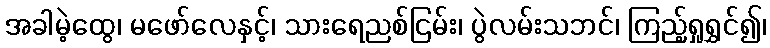
အခါမဲ့ထွေ၊ မဖော်လေနှင့်၊ သားရေညစ်ငြမ်း၊ ပွဲလမ်းသဘင်၊ ကြည့်ရှုရွှင်၍၊